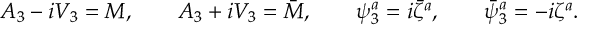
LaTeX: A _ { 3 } - i V _ { 3 } = M , \qquad A _ { 3 } + i V _ { 3 } = \bar { M } , \qquad \psi _ { 3 } ^ { a } = i \bar { \zeta } ^ { a } , \qquad \bar { \psi } _ { 3 } ^ { a } = - i \zeta ^ { a } .